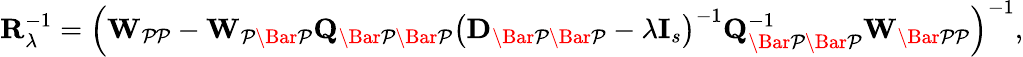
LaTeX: \mathbf{R}_{\lambda}^{-1}=\left(\mathbf{W}_{\mathcal{PP}}-\mathbf{W}_{\mathcal{P\Bar{P}}}\mathbf{Q}_{\mathcal{\Bar{P}\Bar{P}}}\left(\mathbf{D}_{\mathcal{\Bar{P}\Bar{P}}}-\lambda\mathbf{I}_{s}\right)^{-1}\mathbf{Q}_{\mathcal{\Bar{P}\Bar{P}}}^{-1}\mathbf{W}_{\mathcal{\Bar{P}P}}\right)^{-1},